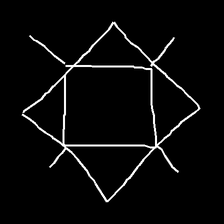
Glyph: light